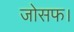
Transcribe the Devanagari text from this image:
जोसफ।